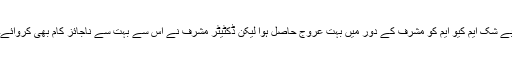
بے شک ایم کیو ایم کو مشرف کے دور میں بہت عروج حاصل ہوا لیکن ڈکٹیٹر مشرف نے اس سے بہت سے ناجائز کام بھی کروائے۔